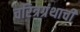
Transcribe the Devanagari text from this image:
चरित्रग्रंथाची